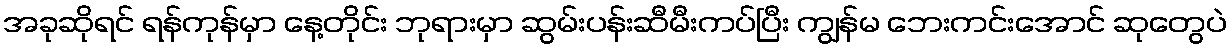
အခုဆိုရင် ရန်ကုန်မှာ နေ့တိုင်း ဘုရားမှာ ဆွမ်းပန်းဆီမီးကပ်ပြီး ကျွန်မ ဘေးကင်းအောင် ဆုတွေပဲ